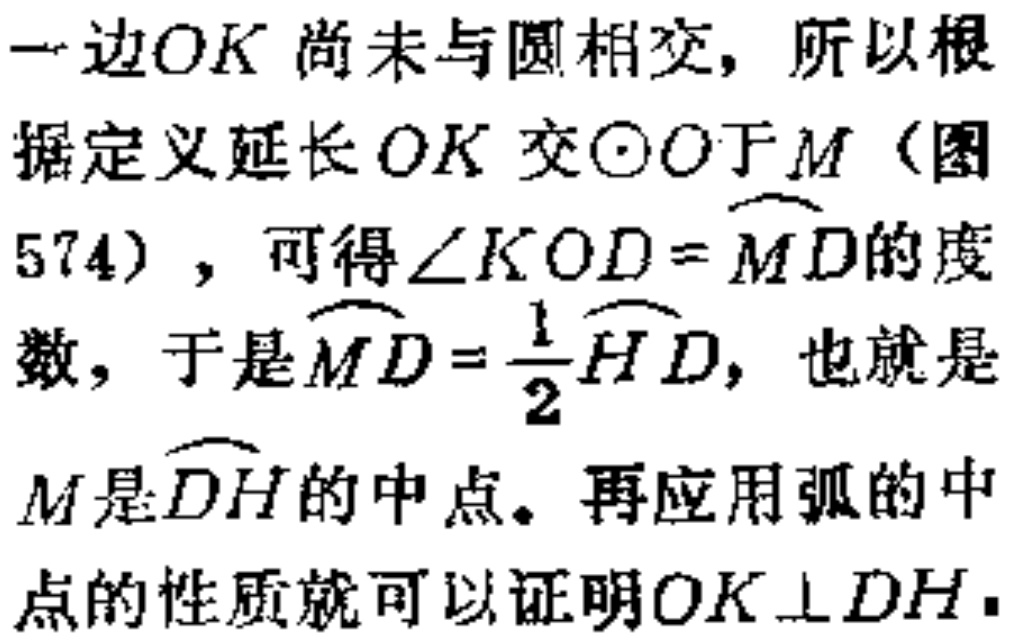
一边$OK$尚未与圆相交，所以根据定义延长$OK$交$\odot O$于$M$（图574），可得$\angle KOD = \overset{\frown}{MD}$的度数，于是$\overset{\frown}{MD}=\frac{1}{2}\overset{\frown}{HD}$，也就是$M$是$\overset{\frown}{DH}$的中点。再应用弧的中点的性质就可以证明$OK\perp DH$。